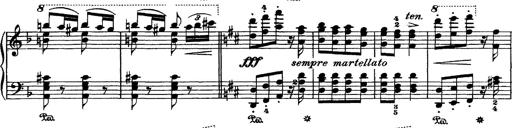
Title: Hungarian Rhapsody No.7
Composer: Franz Liszt
Key: D minor